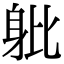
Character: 𨈚